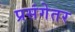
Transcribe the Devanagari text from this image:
प्रसंगेतर